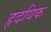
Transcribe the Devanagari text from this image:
हृदयिक